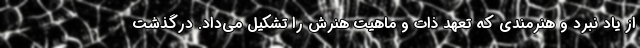
از یاد نبرد و هنرمندی که تعهد ذات و ماهیت هنرش را تشکیل می‌داد. درگذشت